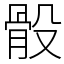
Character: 骰